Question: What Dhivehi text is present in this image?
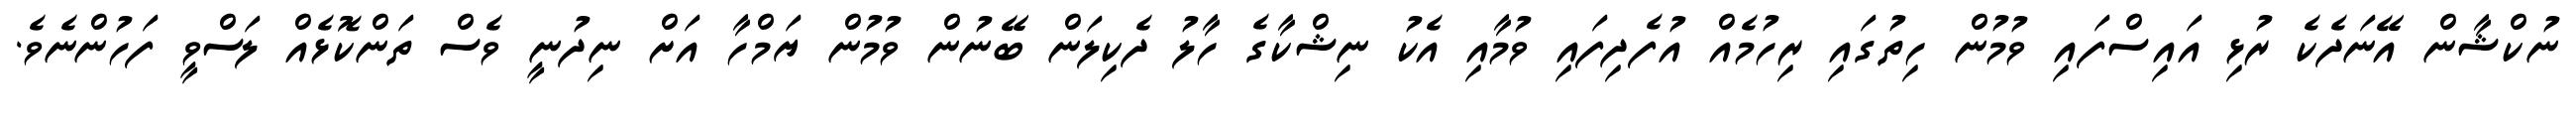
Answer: ނުކްޝާން އޭނަދެކެ ރުޅި އައިސްފައި ވުމުން ހިތުގައި ރިހުމެއް އުފެދިފައި ވުމާއި އެކު ނިޝްކާގެ ހާލު ދެކިލަން ބޭނުން ވުމުން ޔަމްހާ އަށް ނިދުނީ ވެސް ތަންކޮޅެއް ލަސްވީ ފަހުންނެވެ.